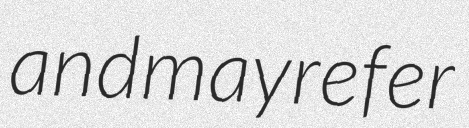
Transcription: and may refer